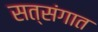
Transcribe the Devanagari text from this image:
सत्संगात